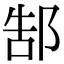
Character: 郜